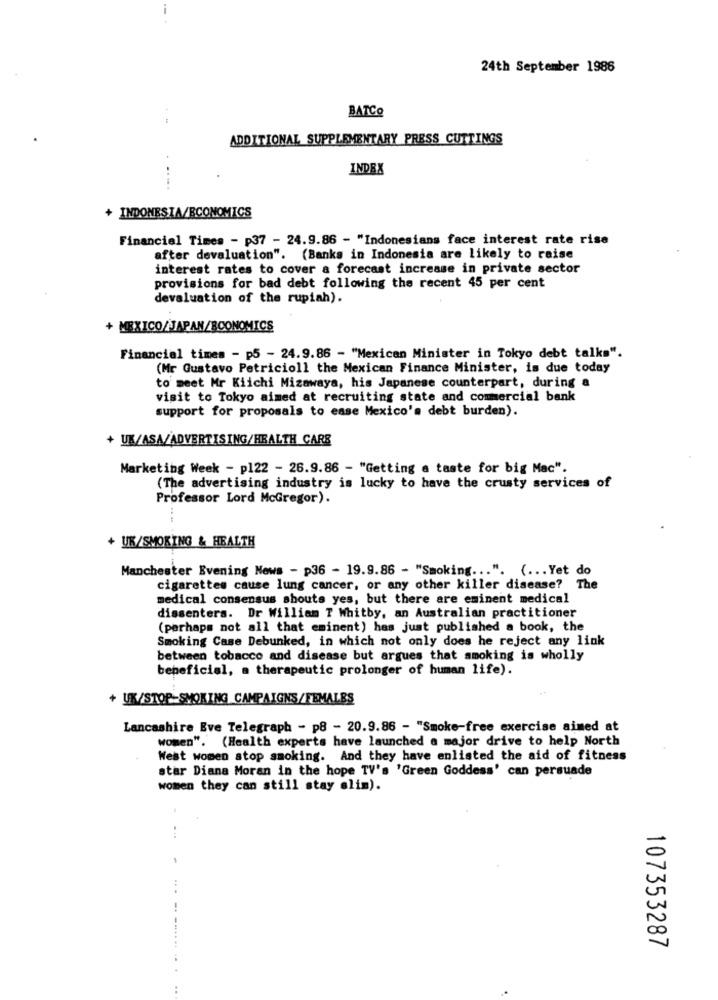
24th September 1986
BATCO
ADDITIONAL SUPPLEMENTARY PRESS CUTTINGS
INDEX
....
INDONESIA/ECONOMICS
Financial Times - p37 - 24.9.86 - "Indonesians face interest rate rise
after devaluation". (Banks in Indonesia are likely to raise
interest rates to cover a forecast increase in private sector
provisions for bad debt following the recent 45 per cent
devaluation of the rupiah).
+ MEXICO/JAPAN/BCONOMICS
Financial times - p5 - 24.9.86 - "Mexican Minister in Tokyo debt talks".
(Mr Gustavo Petricioll the Mexican Finance Minister, is due today
to meet Mr Kiichi Mizawaya, his Japanese counterpart, during a
visit to Tokyo aimed at recruiting state and commercial bank
support for proposals to ease Mexico's debt burden).
+ UK/ASA/ADVERTISING/HEALTH CARE
Marketing Week - p122 - 26.9.86 - "Getting a taste for big Mac".
(The advertising industry is lucky to have the crusty services of
Professor Lord McGregor).
+ UK/SMOKING & HEALTH
Manchester Evening News - p36 - 19.9.86 - "Smoking ... ". ( ... Yet do
cigarettes cause lung cancer, or any other killer disease? The
medical consensus shouts yes, but there are eminent medical
dissenters. Dr William T Whitby, an Australian practitioner
(perhaps not all that eminent) has just published a book, the
Smoking Case Debunked, in which not only does he reject any link
between tobacco and disease but argues that smoking is wholly
beneficial, a therapeutic prolonger of human life).
+ UK/STOP-SMOKING CAMPAIGNS/FEMALES
Lancashire Eve Telegraph - p8 - 20.9.86 - "Smoke-free exercise aimed at
women". (Health experts have launched a major drive to help North
West women stop smoking. And they have enlisted the aid of fitness
star Diana Moran in the hope TV's 'Green Goddess' can persuade
women they can still stay alim).
107353287